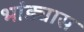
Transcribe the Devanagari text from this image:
भांड्यास